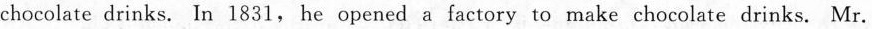
chocolate drinks. In 1831, he opened a factory to make chocolate drinks. Mr.